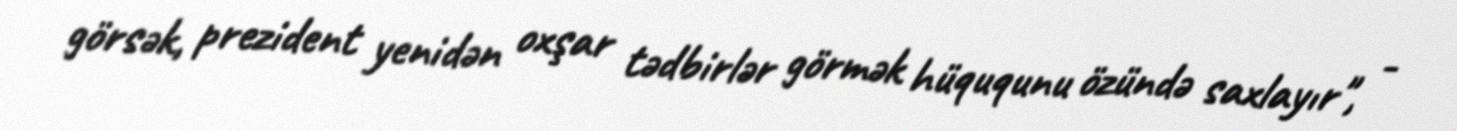
görsək, prezident yenidən oxşar tədbirlər görmək hüququnu özündə saxlayır", -